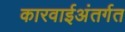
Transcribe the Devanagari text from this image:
कारवाईअंतर्गत